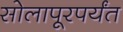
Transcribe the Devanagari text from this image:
सोलापूरपर्यंत